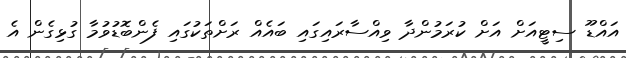
އައްޑޫ ސިޓީއަށް އަށް ކުރަމުންދާ ވިއްސާރައިގައި ބައެއް ރަށްތަކުގައި ފެންބޮޑުވުމާ ގުޅިގެން އެ